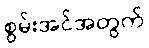
စွမ်းအင်အတွက်